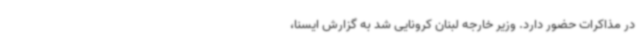
در مذاکرات حضور دارد. وزیر خارجه لبنان کرونایی شد به گزارش ایسنا،